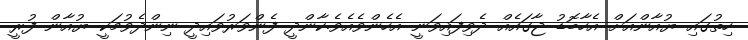
ހިތުގައި ޔުއާންއަށް އެހާބޮޑު ޖާގައެއް ދެވިިފައިވަނީ އެހެންވެއެވެ.ކާންދީ ފެންވަރުވައިދީ ނިންދެވުމަކީ ޔުއާން ފުރީ